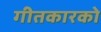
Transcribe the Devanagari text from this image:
गीतकारको